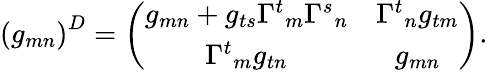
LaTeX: \left(g_{mn}\right)^{D}=\left(\begin{array}{cc}{{g_{mn}+g_{ts}{\Gamma^{t}}_{m}{\Gamma^{s}}_{n}}}&{{{\Gamma^{t}}_{n}g_{tm}}}\\ {{{\Gamma^{t}}_{m}g_{tn}}}&{{g_{mn}}}\end{array}\right).